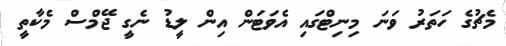
މެޗުގެ ހަތަރު ވަނަ މިނިޓްގައި އެވަޓަން އިން ލީޑު ނެގީ ޖޭމްސް މެކާތީ